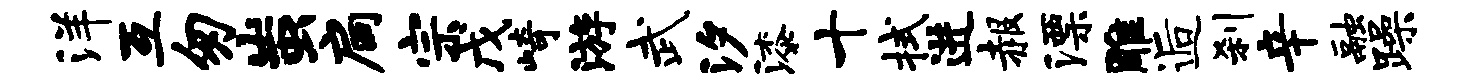
洋互匆蚩扃宗戊崎游武汐漆十拭进赧漂雕逅刹辛融躁